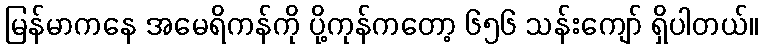
မြန်မာကနေ အမေရိကန်ကို ပို့ကုန်ကတော့ ၆၅၆ သန်းကျော် ရှိပါတယ်။